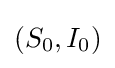
(S_{0},I_{0})